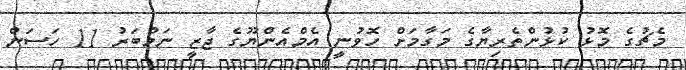
މެޗުގެ މޮޅު ކުޅުންތެރިޔާގެ މަގާމަށް ހޮވުނީ އެމްއެންޔޫގެ ޖާޒީ ނަމްބަރު 11 ހަސަން